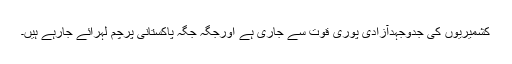
کشمیریوں کی جدوجہدآزادی پوری قوت سے جاری ہے اورجگہ جگہ پاکستانی پرچم لہرائے جارہے ہیں۔